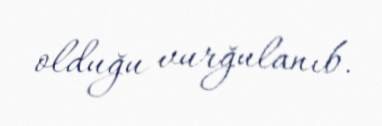
olduğu vurğulanıb.